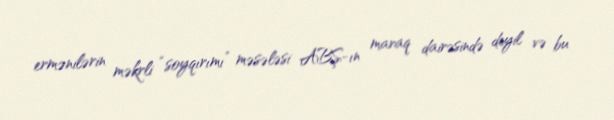
ermənilərin məkrli “soyqırımı” məsələsi ABŞ-ın maraq dairəsində deyil və bu